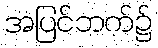
အပြင်ဘက်၌